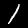
Digit: 1